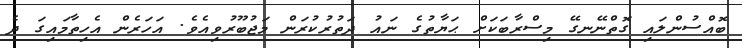
ބޮއްސުންލައި ގޮތްނޭނގޭ މިސްރާބަކަށް ޙަޔާތުގެ ނައު ދަތުރުކުރަން މަޖުބޫރުވިއެވެ. އަހަރެން އެހިތާމައިގަ ދެ